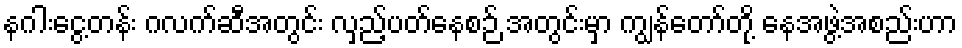
နဂါးငွေ့တန်း ဂလက်ဆီအတွင်း လှည့်ပတ်နေစဉ် အတွင်းမှာ ကျွန်တော်တို့ နေအဖွဲ့အစည်းဟာ